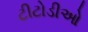
ટીટોડીઓ